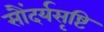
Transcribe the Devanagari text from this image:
सौंदर्यसृष्टि